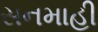
સનમાહી